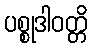
ပစ္စုဒါဝတ္တိ